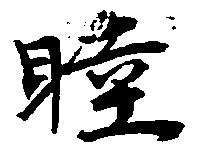
睦